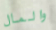
والمال